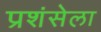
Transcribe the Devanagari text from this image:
प्रशंसेला